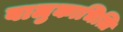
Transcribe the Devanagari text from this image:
बालुकाभित्ति